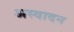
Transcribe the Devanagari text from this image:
अस्वादन